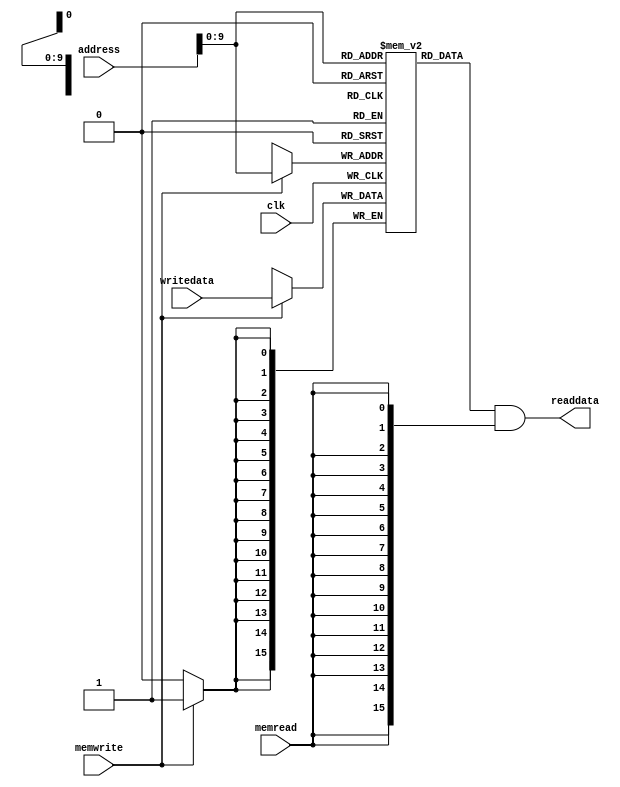
//memory unit
module DMemBank(input clk, input memread, input memwrite, input [15:0] address, input [15:0] writedata, output [15:0] readdata);
 
  reg [15:0] mem_array [1023:0];
  
  integer i;
  initial begin
    for (i=0; i<256; i=i+1)   
      mem_array[i] = i;
	end
  integer j = 0;
 always@(negedge clk)
  begin
		if(memwrite)
			mem_array[address] = writedata;
      $display("%d   The binary value of a 19 th and 20 th block of Datamemory is: %b  and %b  ", j , mem_array[19] , mem_array[20] ) ;
      j = j + 1;
  end
  
  assign readdata = mem_array[address] & {16{memread}};

endmodule